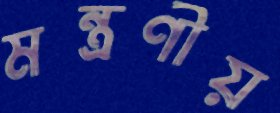
মন্ত্রণীয়